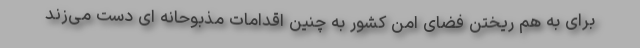
برای به هم ریختن فضای امن کشور به چنین اقدامات مذبوحانه ای دست می‌زند